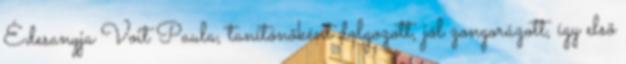
Édesanyja Voit Paula, tanítónõként dolgozott, jól zongorázott, így elsõ